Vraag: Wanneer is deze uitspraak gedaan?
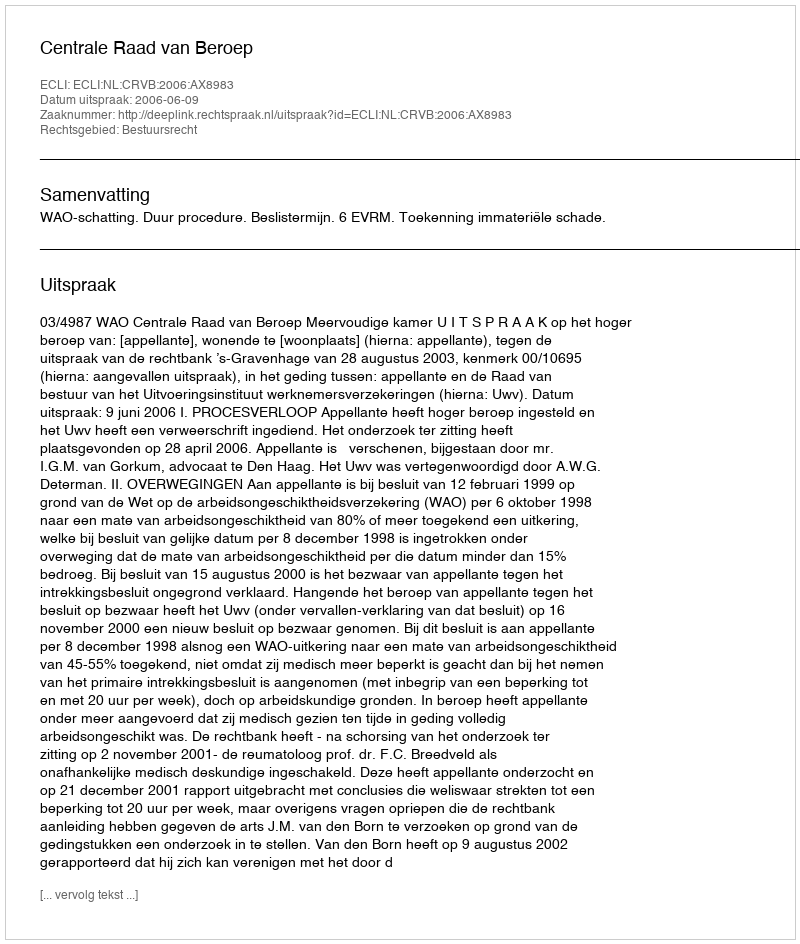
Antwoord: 2006-06-09